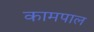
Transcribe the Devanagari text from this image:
कामपाल